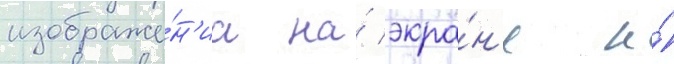
изображе́н'иа на́ экра́н'е и́